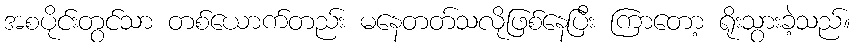
အစပိုင်းတွင်သာ တစ်ယောက်တည်း မနေတတ်သလိုဖြစ်နေပြီး ကြာတော့ ရိုးသွားခဲ့သည်။